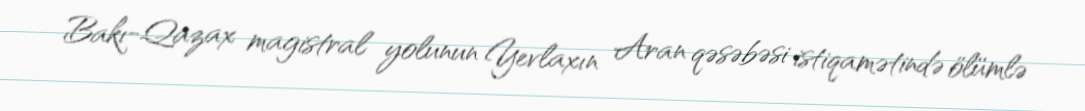
Bakı-Qazax magistral yolunun Yevlaxın Aran qəsəbəsi istiqamətində ölümlə